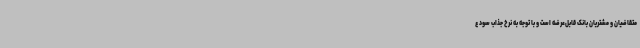
متقاضیان و مشتریان بانک قابل‌عرضه است و با توجه به نرخ جذاب سود ع